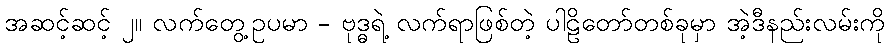
အဆင့်ဆင့် ၂။ လက်တွေ့ဥပမာ - ဗုဒ္ဓရဲ့ လက်ရာဖြစ်တဲ့ ပါဠိတော်တစ်ခုမှာ အဲ့ဒီနည်းလမ်းကို